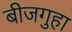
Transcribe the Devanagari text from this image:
बीजगुहा